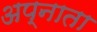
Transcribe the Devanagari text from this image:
अप्नाता